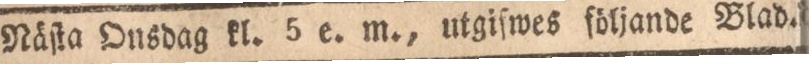
Näſta Onsdag kl. 5 e. m., utgifwes följande Blad.